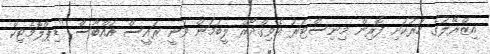
އިޒްރޭލުގެ ހަރުކަށި ފޮރިން މިނިސްޓަރު އެވިގްދޯރް ލީބަމަން ވަނީ ރައީސް އައްބާސް "ޑިޕްލޮމެޓިކް